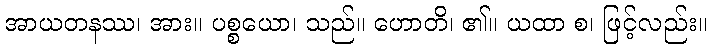
အာယတနဿ၊ အား။ ပစ္စယော၊ သည်။ ဟောတိ၊ ၏။ ယထာ စ၊ ဖြင့်လည်း။